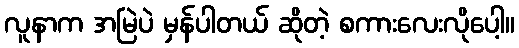
လူနာက အမြဲပဲ မှန်ပါတယ် ဆိုတဲ့ စကားလေးလိုပေါ့။